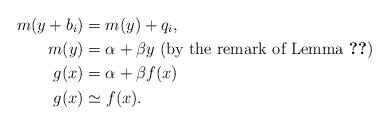
LaTeX: \begin{align*}m(y+b_i)&=m(y)+q_i, \\m(y)&=\alpha+\beta y \textrm{ (by the remark of Lemma~\ref{lem:srnie})} \\g(x)&=\alpha+\beta f(x) \\g(x)&\simeq f(x). \end{align*}